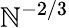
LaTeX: \mathbb{N}^{-2/3}